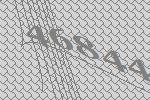
46844